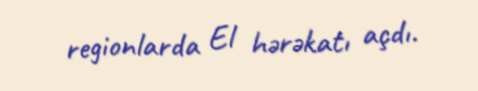
regionlarda El hərəkatı açdı.